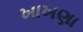
ખાખણા